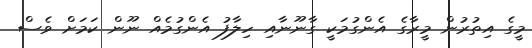
މީގެ އިތުރުން މީރާގެ އެންގުމަކީ ގާނޫނާއި ހިލާފު އެންގުމެއް ނޫން ކަމަށް ވެސް